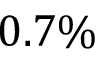
0 . 7 \%